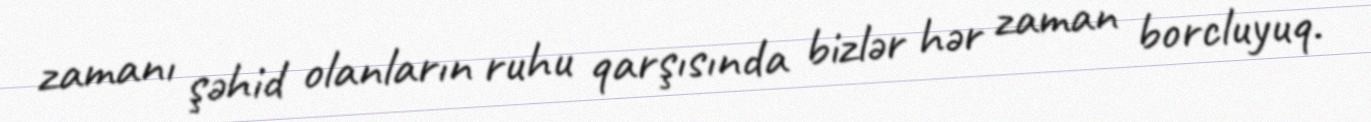
zamanı şəhid olanların ruhu qarşısında bizlər hər zaman borcluyuq.